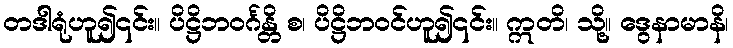
တဒါရုံဟူ၍၎င်း။ ပိဋ္ဌိဘဝင်္ဂန္တိ စ၊ ပိဋ္ဌိဘဝင်ဟူ၍၎င်း။ ဣတိ၊ သို့။ ဒွေနာမာနိ၊